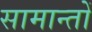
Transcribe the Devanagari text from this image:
सामान्तों